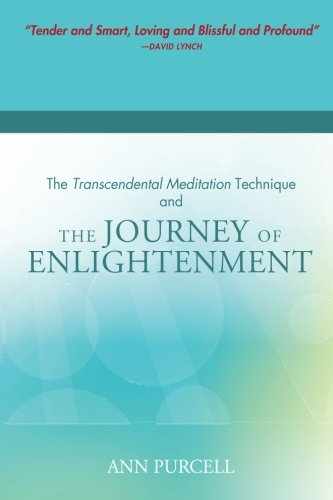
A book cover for The Transcendental Meditation Technique and The Journey of Enlightenment; Ann Purcell; Politics & Social Sciences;